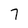
Character: 7